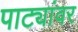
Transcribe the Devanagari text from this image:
पाट्यांवर